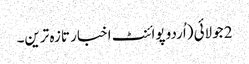
2 جولائی (اُردو پوائنٹ اخبار تازہ ترین۔